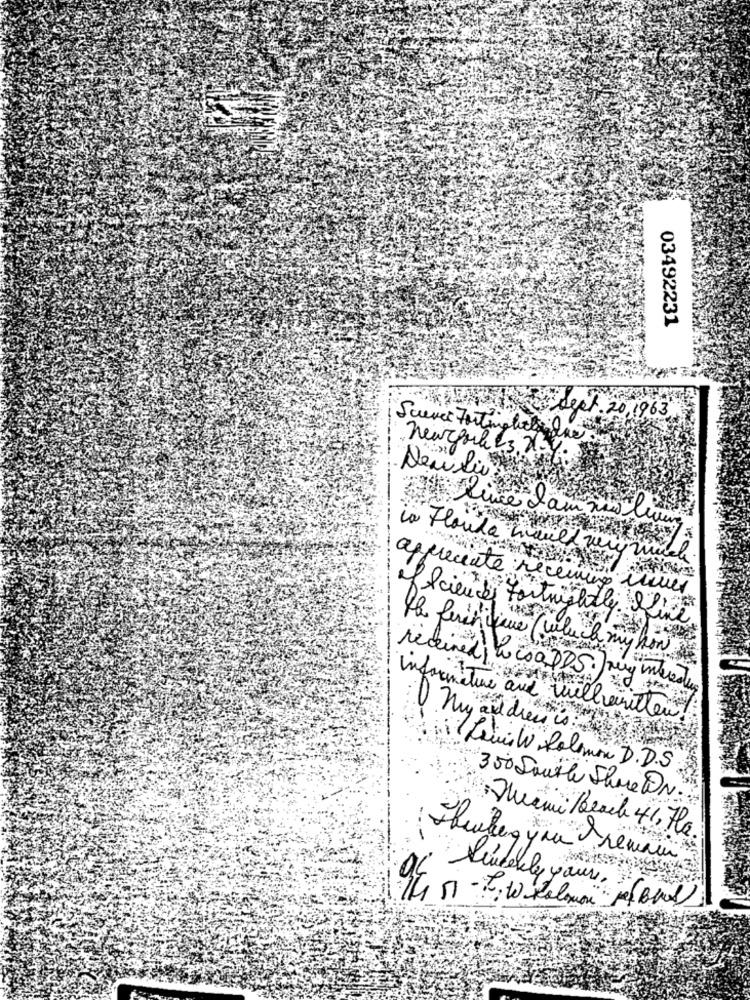
03492231
no sept . 20, 1963 ,
Source Fortina let ne
newyork es n.y.
New line
0
La Florida
appreciate receming
of Science Fortnightly. D.
the ferin que (which my how
received
informatie and willeinethen.
nu audien is
Reuilly Solomon D. D.S.
300 South Shore @N.
Miami Beach 41, He
-
Puderly yours,